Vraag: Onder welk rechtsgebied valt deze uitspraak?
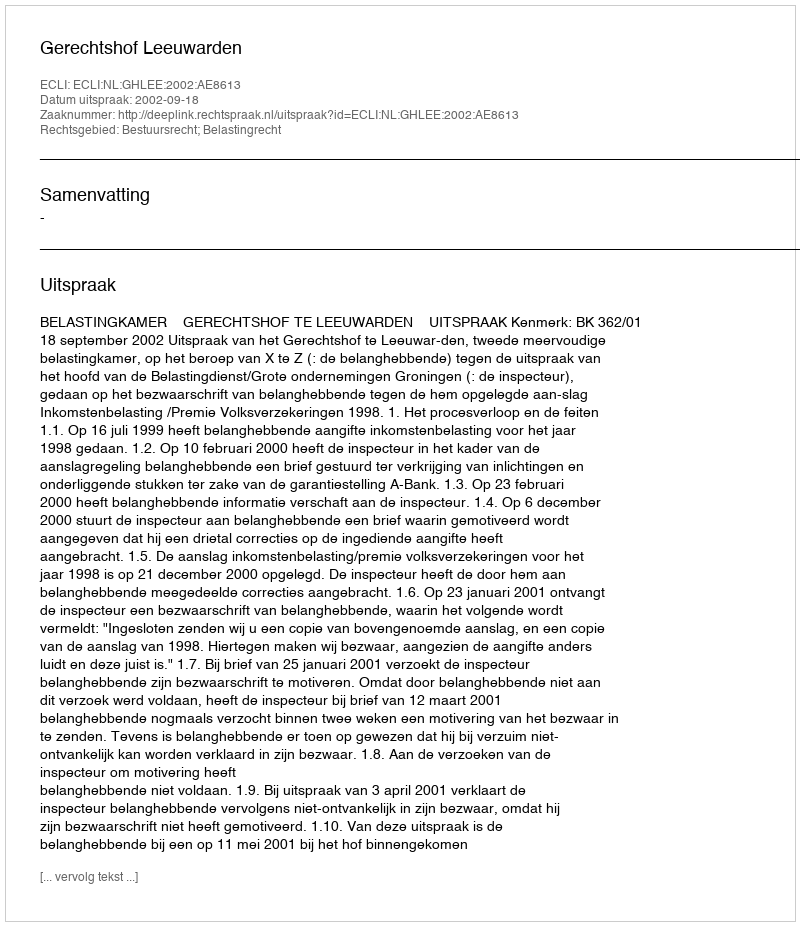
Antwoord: Bestuursrecht; Belastingrecht